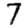
Digit: 7